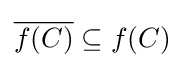
{\overline {f(C)}}\subseteq f(C)